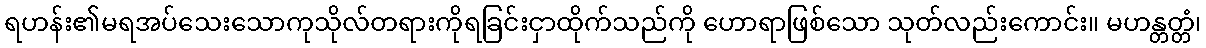
ရဟန်း၏မရအပ်သေးသောကုသိုလ်တရားကိုရခြင်းငှာထိုက်သည်ကို ဟောရာဖြစ်သော သုတ်လည်းကောင်း။ မဟန္တတ္တံ၊